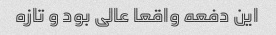
این دفعه واقعا عالی بود و تازه